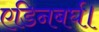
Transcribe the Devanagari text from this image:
एडिनबर्घ।